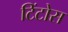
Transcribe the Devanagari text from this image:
टिंटोस